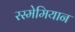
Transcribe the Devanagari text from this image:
रस्मेमियान